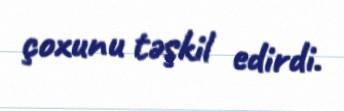
çoxunu təşkil edirdi.